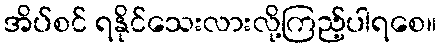
အိပ်စင် ရနိုင်သေးလားလို့ကြည့်ပါရစေ။